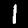
Label: 1